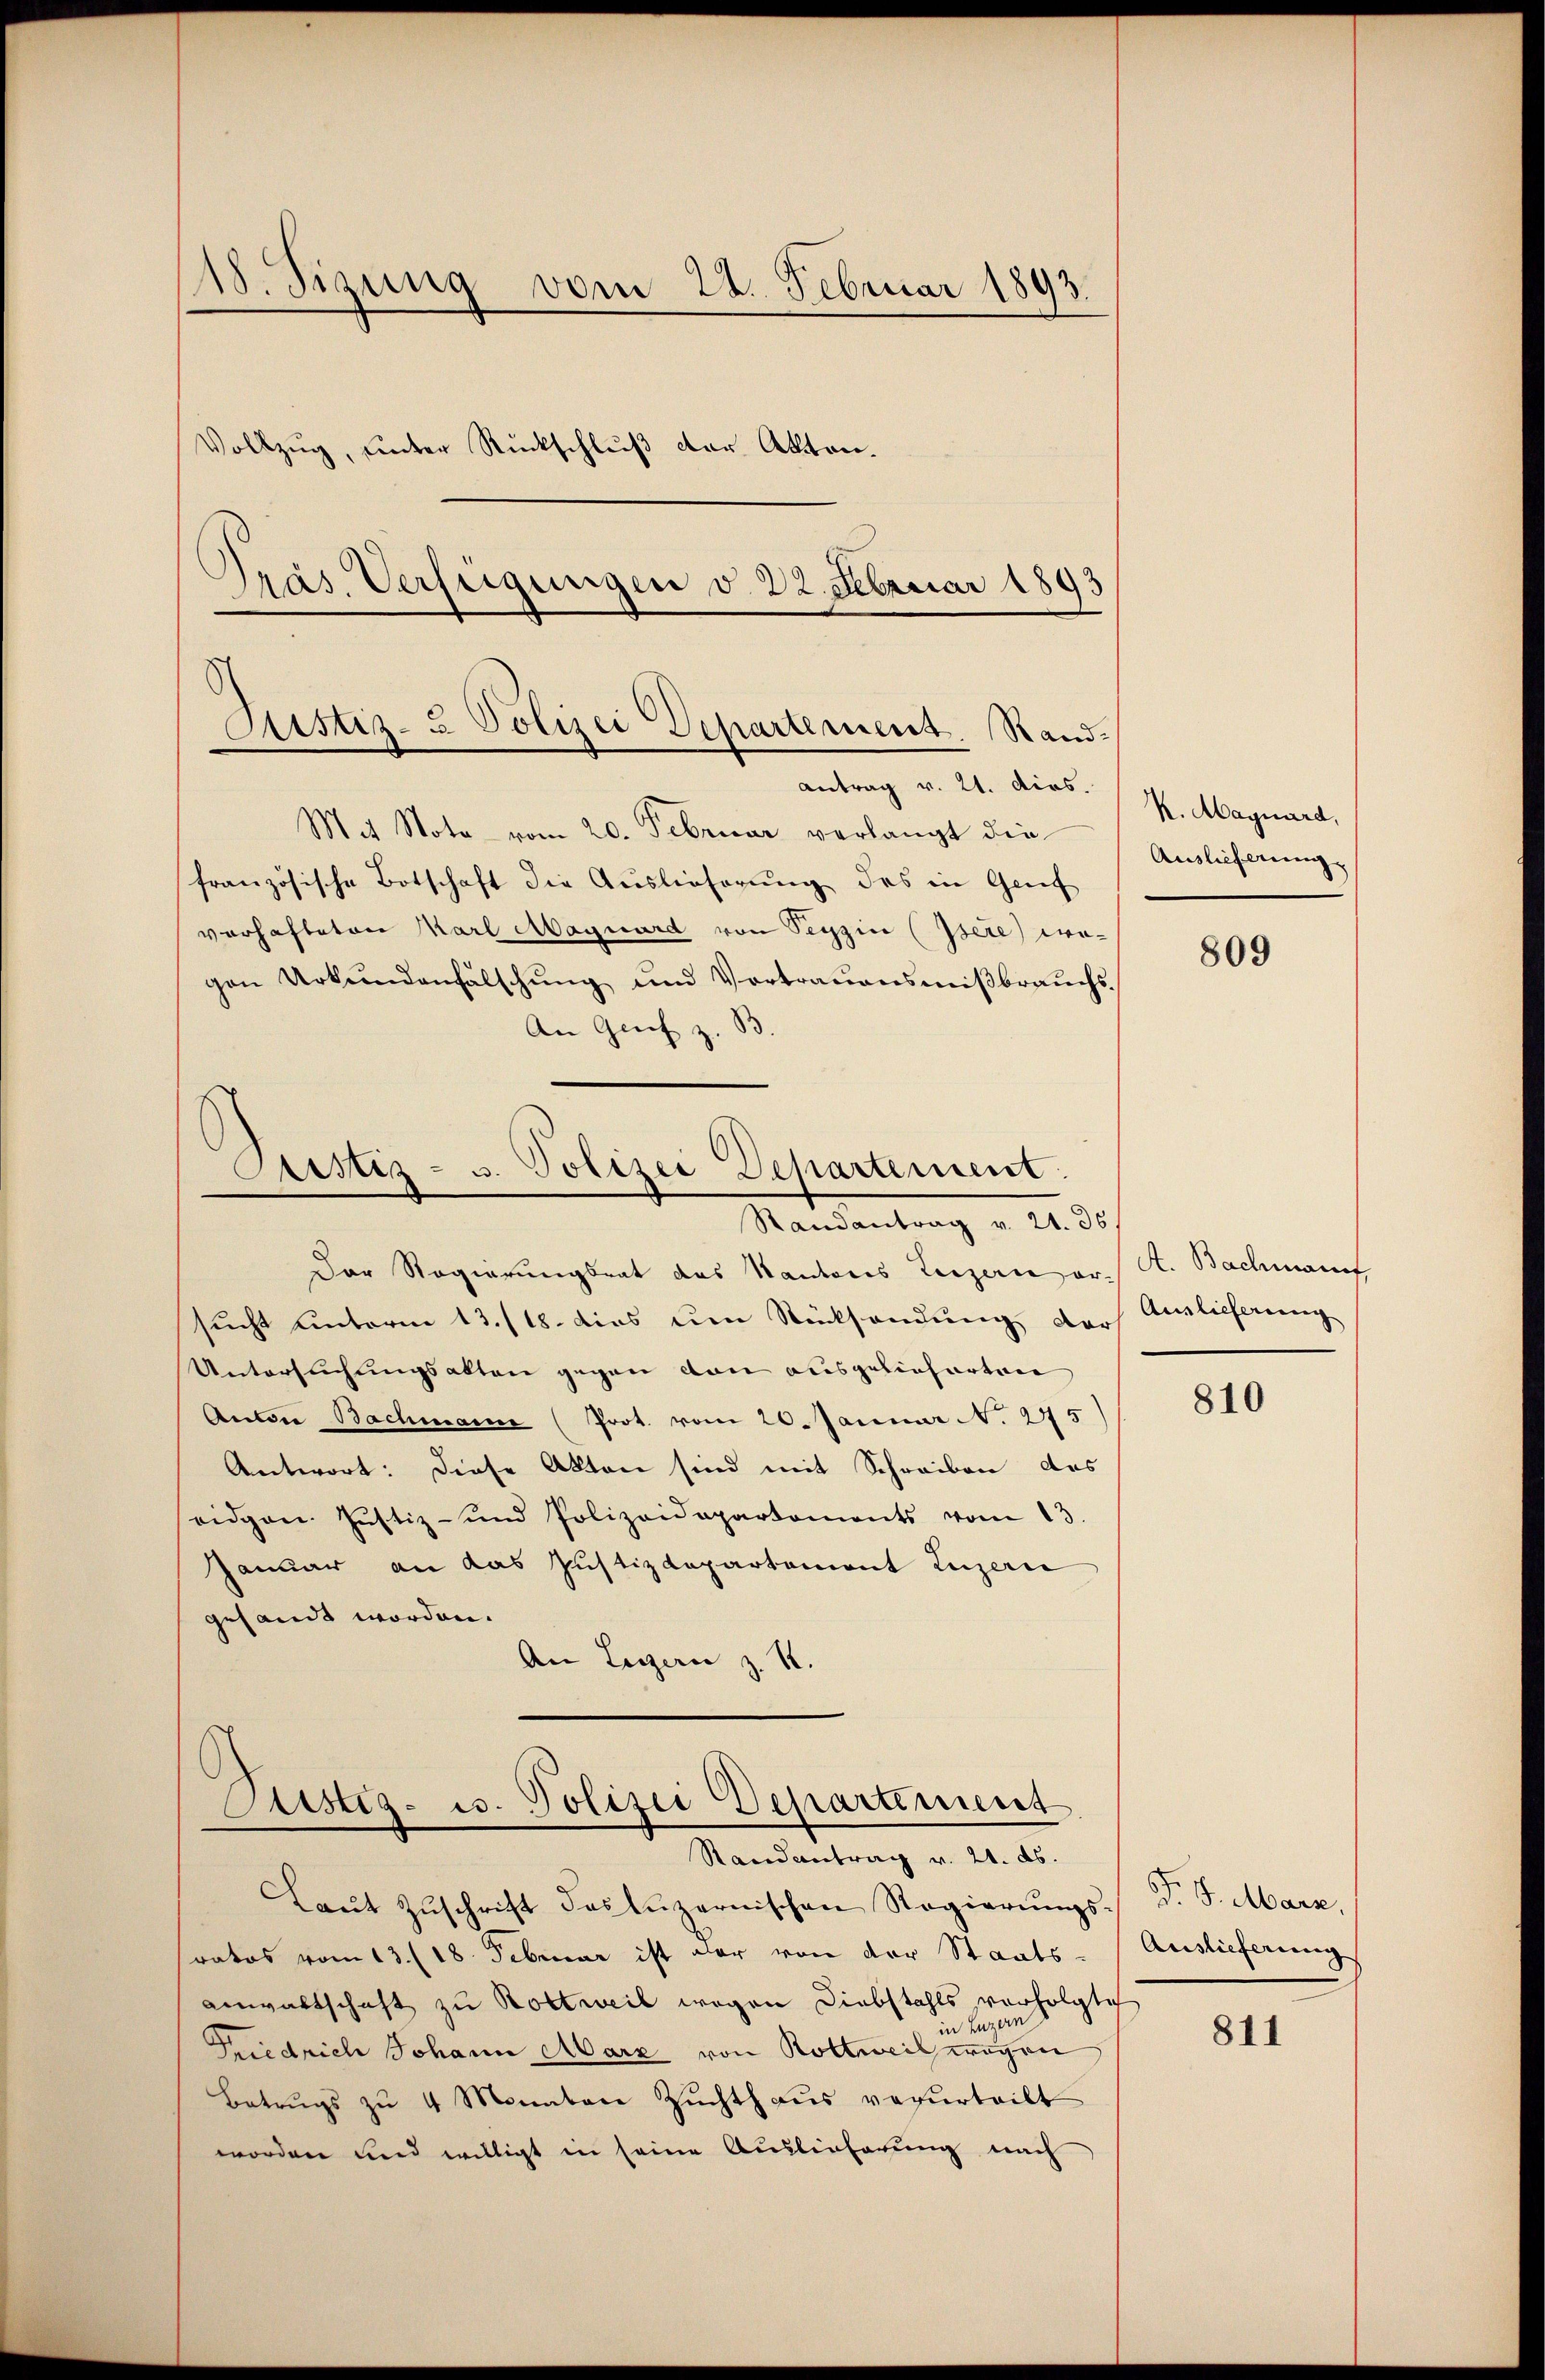
118. Sizung vom 28. Februar 1893.
Vollzug, unter Rückschluß der Akten.
Präs. Verfügungen v. 22. Februar 1893

Justiz- & Polizei Departement. Rand¬
Antrag v. 21. dies.

Mit Nota vom 20. Februar verlangt die
französische Botschaft die Auslieferung des in Genf
verhafteten Karl Magnard von Seyzin (Isere wegen Urkundenfälschŭng und Vortrauensmißbrauchs
An Greif z. B.

Sistiz- u. Polizei Departement
Randantrag v. 21. 36.

Justiz- u. Polizei Departement
Randantrag v. 21. ds.

Der Regierungsrat das Kantons Luzern er K. Bachmanuf
sucht unterm 13./18. dies um Rücksendung der Auslieferung
Untersuchungsakten gegen von ausgelieferten
Autore Bachmann (Prot. vom 20. Januar N. 275)
Antwort: Diese Akten sind mit Schreiben des
eidgen. Justiz- und Polizeidepartements vom 13.
Januar an das Justizdepartement Luzern
gesandt worden.
An Luzern z. R.

Laŭt Zŭschrift das Lŭzernischen Regierŭngs- D. S. Marz,
ratos vom 13. (18. Februar ist dar von der Staats-
anwaltschaft zu Rottweil wegen Diebstahls verfolgte
in Luzern
Friedrich Johann Marz von Rottweil wegen
Betrugs zu 4 Monaten Zuchthaus verurteilt
worden und willigt in seine Auslieferung nach

K. Magnard,
Auslieferung

809

810

Auslieferung

811